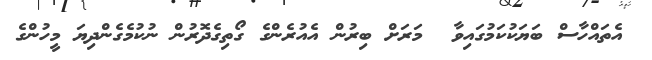
އެތައްހާސް ބަޔަކުކަމުގައިވާ  މަރަށް ބިރުން އެއުރެންގެ ގޯތިގެދޮރުން ނުކުމެގެންދިޔަ މީހުންގެ